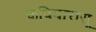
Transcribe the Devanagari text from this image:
कवियारासू